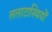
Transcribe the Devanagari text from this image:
ललाटास्थियों